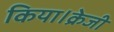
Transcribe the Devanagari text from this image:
किया।क्रेजी